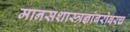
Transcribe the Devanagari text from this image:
मानसशास्त्रज्ञांबरोबरच